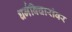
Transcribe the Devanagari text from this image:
धर्मविचारांवर